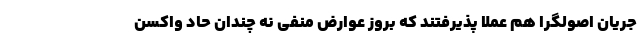
جریان اصولگرا هم عملا پذیرفتند که بروز عوارض منفی نه چندان حاد واکسن